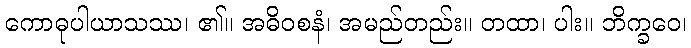
ကောဓုပါယာသဿ၊ ၏။ အဓိဝစနံ၊ အမည်တည်း။ တထာ၊ ပါး။ ဘိက္ခဝေ၊